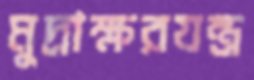
মুদ্রাক্ষরযন্ত্র